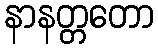
နာနတ္တတော